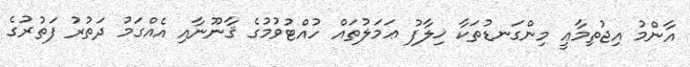
އާންމު އިޖުތިމާޢީ މިންގަނޑުތަކާ ޚިލާފު ޢަމަލުތައް ހުއްޓުވުމުގެ ޤާނޫނާއި އެއްގަމު ދަތުރު ފަތުރުގެ